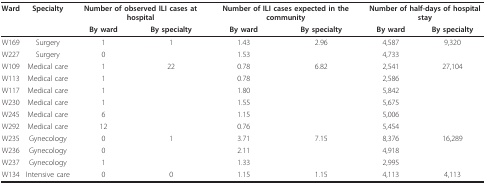
| Ward | Specialty | <COLSPAN=2> Number of observed ILI cases at hospital | <COLSPAN=2> Number of ILI cases expected in the community | <COLSPAN=2> Number of half-days of hospital stay |
 |  |  | By ward | By specialty | By ward | By specialty | By ward | By specialty |
 | --- | --- | --- | --- | --- | --- | --- | --- |
 | W169 | Surgery | 1 | 1 | 1.43 | 2.96 | 4,587 | 9,320 |
 | W227 | Surgery | 0 |  | 1.53 |  | 4,733 |  |
 | W109 | Medical care | 1 | 22 | 0.78 | 6.82 | 2,541 | 27,104 |
 | W113 | Medical care | 1 |  | 0.78 |  | 2,586 |  |
 | W117 | Medical care | 1 |  | 1.80 |  | 5,842 |  |
 | W230 | Medical care | 1 |  | 1.55 |  | 5,675 |  |
 | W245 | Medical care | 6 |  | 1.15 |  | 5,006 |  |
 | W292 | Medical care | 12 |  | 0.76 |  | 5,454 |  |
 | W235 | Gynecology | 0 | 1 | 3.71 | 7.15 | 8,376 | 16,289 |
 | W236 | Gynecology | 0 |  | 2.11 |  | 4,918 |  |
 | W237 | Gynecology | 1 |  | 1.33 |  | 2,995 |  |
 | W134 | Intensive care | 0 | 0 | 1.15 | 1.15 | 4,113 | 4,113 |